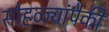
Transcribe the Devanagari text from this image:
सोहळ्यांपैकी